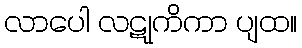
လာပေါ လဋုကိကာ ပျထ။